Civil Veterinary Dept. Bombay admin report 1923-31 - 1923-1931
Year: 1923
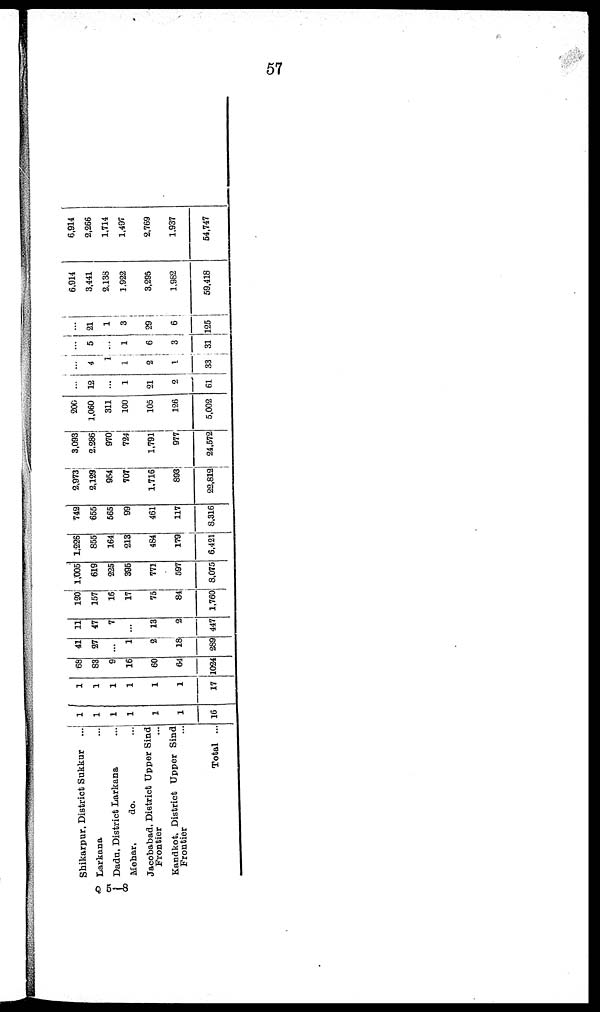
57
Shikarpur, District Sukkur ...
Larkana ...
Dadu, District Larkana ...
Mehar,
do. ...
Jacobabad, District Upper Sind
Frontier ...
Kandkot, District Upper Sind
Frontier ...
Total ...
1
1
1
1
1
1
16
1
1
1
1
1
1
17
68
83
9
16
60
64
1024
41
27
...
1
2
18
289
11
47
7
...
13
2
447
120
157
16
17
75
84
1,760
1,005
619
225
395
771
597
8,075
1,226
855
164
213
484
179
6,421
742
655
565
99
461
117
8,316
2,973
2,129
954
707
1,716
893
22,812
3,093
2,286
970
724
1,791
977
24,572
200
1,060
311
100
105
126
5,002
...
12
...
1
21
2
61
...
4
1
1
2
1
33
...
5
...
1
6
3
31
...
21
1
3
29
6
125
6,914
3,441
2,138
1,922
3,295
1,982
59,418
6,914
2,266
1,714
1,497
2,769
1,937
54,747
Q
5-8